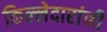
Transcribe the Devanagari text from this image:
किल्लेदारांनी